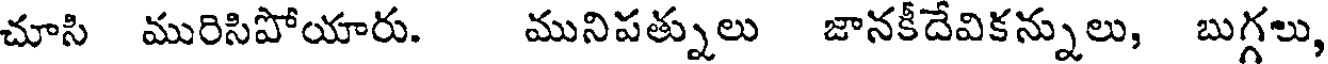
చూసి మురిసిపోయారు. మునిపత్నులు జానకీదేవికన్నులు, బుగ్గలు,